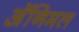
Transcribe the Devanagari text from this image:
अॅनिमल